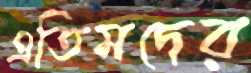
এতিমদের